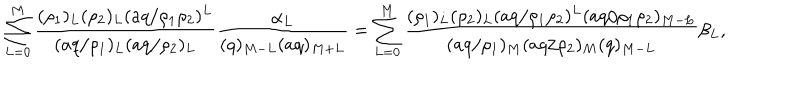
LaTeX: \sum _ { L = 0 } ^ { M } \frac { ( \rho _ { 1 } ) _ { L } ( \rho _ { 2 } ) _ { L } ( a q / \rho _ { 1 } \rho _ { 2 } ) ^ { L } } { ( a q / \rho _ { 1 } ) _ { L } ( a q / \rho _ { 2 } ) _ { L } } \frac { \alpha _ { L } } { ( q ) _ { M - L } ( a q ) _ { M + L } } = \sum _ { L = 0 } ^ { M } \frac { ( \rho _ { 1 } ) _ { L } ( \rho _ { 2 } ) _ { L } ( a q / \rho _ { 1 } \rho _ { 2 } ) ^ { L } ( a q / \rho _ { 1 } \rho _ { 2 } ) _ { M - L } } { ( a q / \rho _ { 1 } ) _ { M } ( a q / \rho _ { 2 } ) _ { M } ( q ) _ { M - L } } \beta _ { L } ,